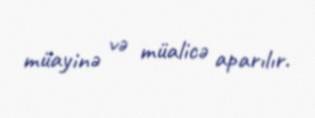
müayinə və müalicə aparılır.